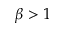
\beta > 1